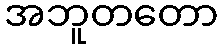
အဘူတတော